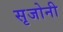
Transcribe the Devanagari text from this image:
सृजोनी